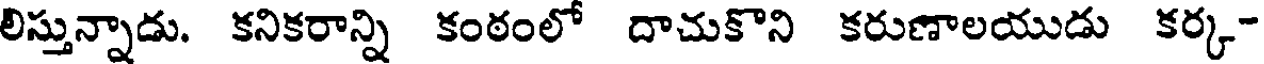
లిస్తున్నాడు. కనికరాన్ని కంఠంలో దాచుకొని కరుణాలయుడు కర్క-